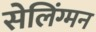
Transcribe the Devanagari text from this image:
सेलिंग्मन